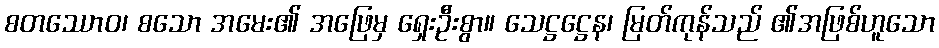
စတဿောဝ၊ စသော အမေး၏ အဖြေမှ ရှေးဦးစွာ။ သေဋ္ဌဋ္ဌေန၊ မြတ်ကုန်သည် ၏အဖြစ်ဟူသော